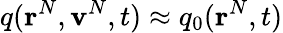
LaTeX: q(\mathbf{r}^{N},\mathbf{v}^{N},t)\approx q_{0}(\mathbf{r}^{N},t)